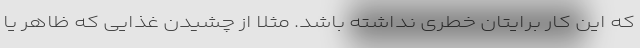
که این کار برایتان خطری نداشته باشد. مثلا از چشیدن غذایی که ظاهر یا